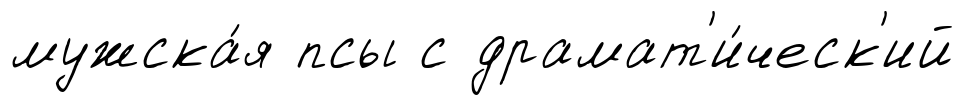
мужска́я псы с драмат'и́ческ'ий